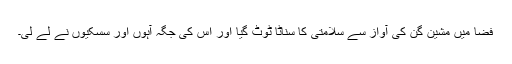
فضا میں مشین گن کی آواز سے سلامتی کا سناٹا ٹوٹ گیا اور اس کی جگہ آہوں اور سسکیوں نے لے لی۔